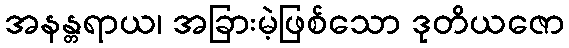
အနန္တရာယ၊ အခြားမဲ့ဖြစ်သော ဒုတိယဇော